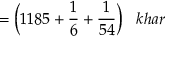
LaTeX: = { \bigg ( } 1 1 8 5 + { \frac { 1 } { 6 } } + { \frac { 1 } { 5 4 } } { \bigg ) } \; \; \; k h a r